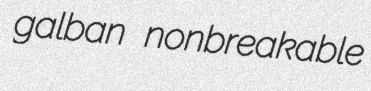
galban nonbreakable